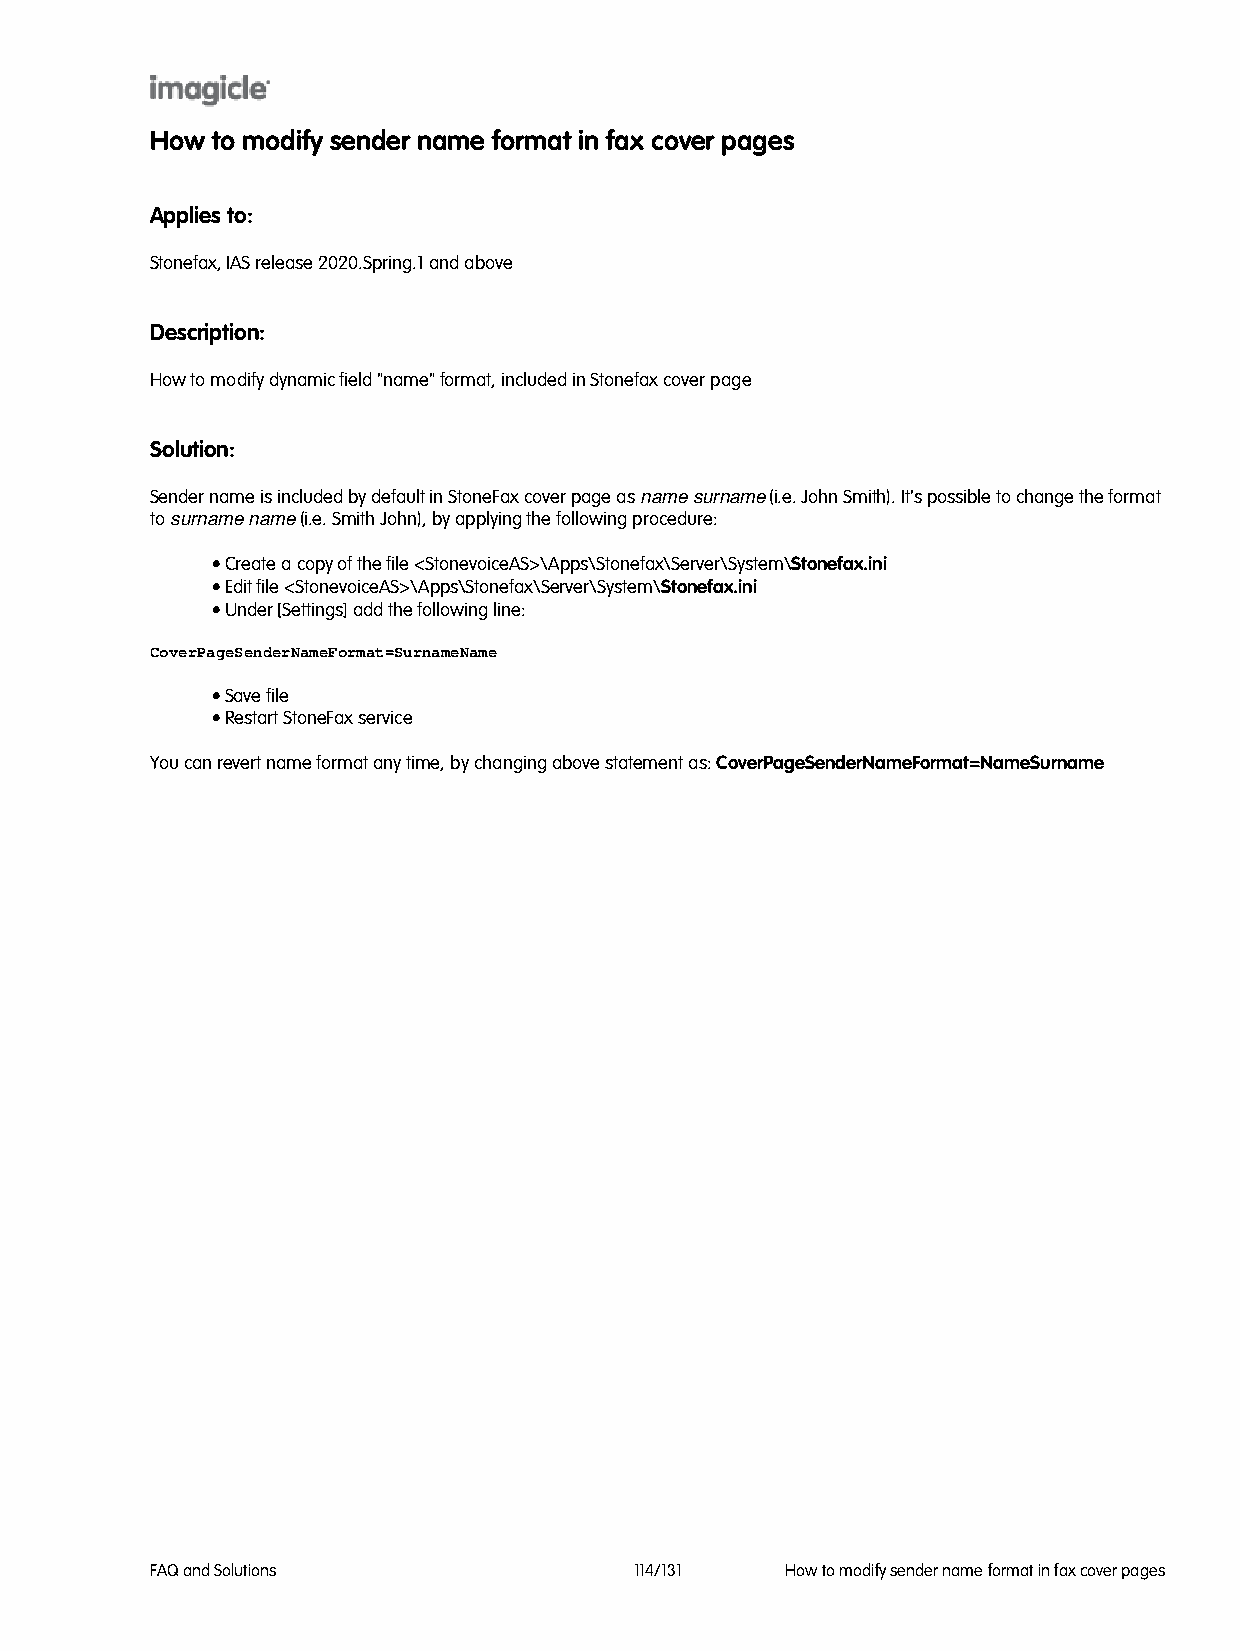
How to modify sender name format in fax cover pages
 Applies to:
 Stonefax, IAS release 2020.Spring.1 and above
 Description:
 How to modify dynamic field "name" format, included in Stonefax cover page
 Solution:
 Sender name is included by default in StoneFax cover page as name surname (i.e. John Smith). It's possible to change the format
 to surname name (i.e. Smith John), by applying the following procedure:
 • Create a copy of the file <StonevoiceAS>\Apps\Stonefax\Server\System\Stonefax.ini
 • Edit file <StonevoiceAS>\Apps\Stonefax\Server\System\Stonefax.ini
 • Under [Settings] add the following line:
 CoverPageSenderNameFormat=SurnameName
 • Save file
 • Restart StoneFax service
 You can revert name format any time, by changing above statement as: CoverPageSenderNameFormat=NameSurname
 FAQ and Solutions               114/131   How to modify sender name format in fax cover pages